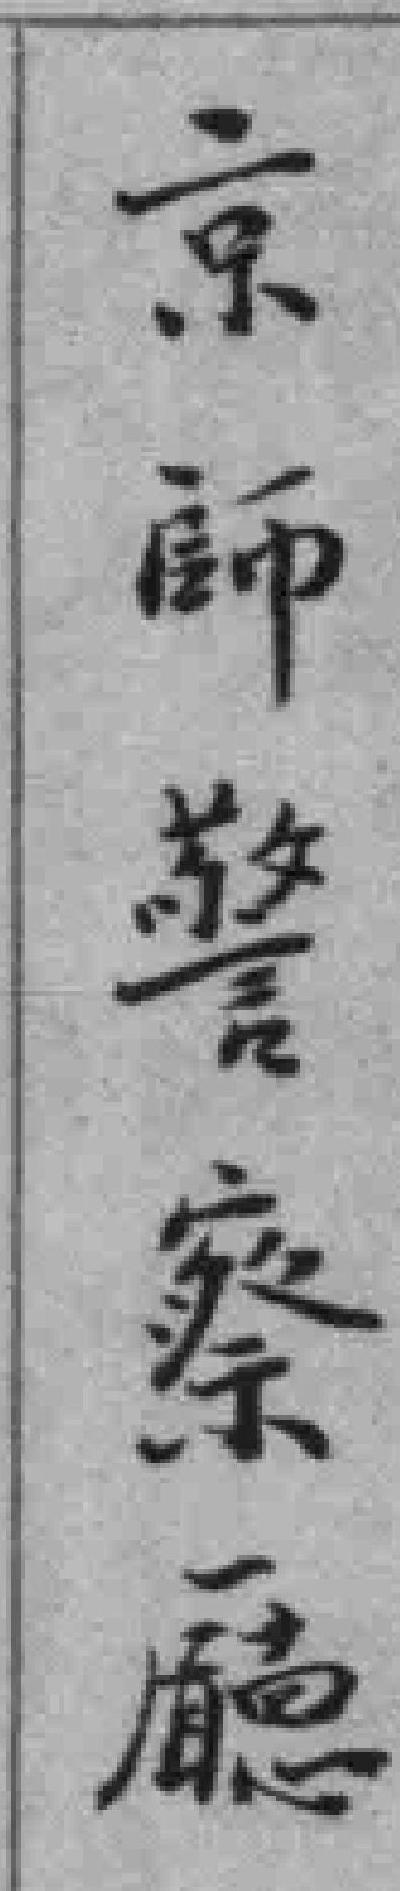
京師警察廰